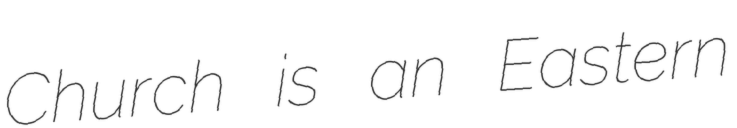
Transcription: Church is an Eastern